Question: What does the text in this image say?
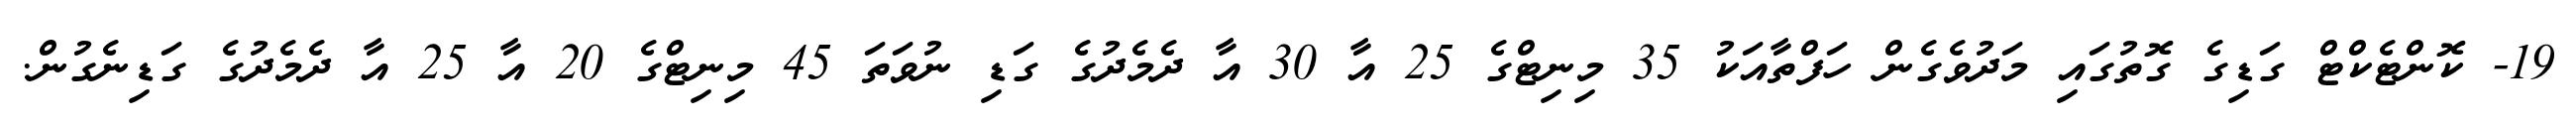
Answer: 19- ކޮންޓެކްޓް ގަޑިގެ ގޮތުގައި މަދުވެގެން ހަފްތާއަކު 35 މިނިޓްގެ 25 އާ 30 އާ ދެމެދުގެ ގަޑި ނުވަތަ 45 މިނިޓްގެ 20 އާ 25 އާ ދެމެދުގެ ގަޑިނެގުން.